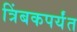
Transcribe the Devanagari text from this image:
त्रिंबकपर्यंत